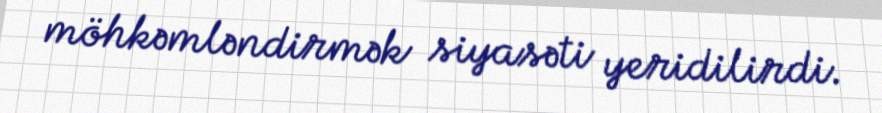
möhkəmləndirmək siyasəti yeridilirdi.